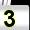
Digit: 3